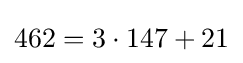
462=3\cdot 147+21